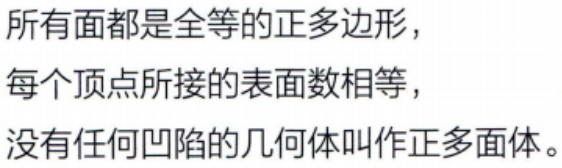
所有面都是全等的正多边形，
每个顶点所接的表面数相等，
没有任何凹陷的几何体叫作正多面体。